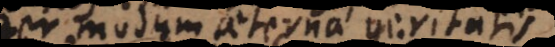
per modum aeternae veritatis.